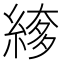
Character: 䋾